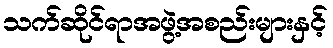
သက်ဆိုင်ရာအဖွဲ့အစည်းများနှင့်